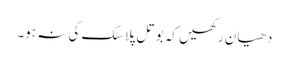
دھیان رکھیں کہ بوتل پلاسٹک کی نہ ہو۔